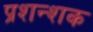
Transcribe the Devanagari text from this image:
प्रशन्शक